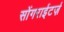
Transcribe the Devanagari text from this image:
सोंगराईटर्ज़